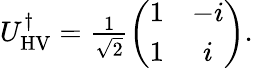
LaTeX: \begin{array}{r}{U_{\mathrm{HV}}^{\dagger}=\frac{1}{\sqrt{2}}\left(\begin{array}{cc}{1}&{-i}\\ {1}&{i}\end{array}\right).}\end{array}